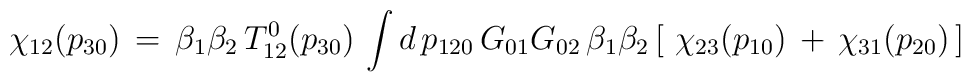
\chi_{12}(p_{30})\,=\,\beta_1\beta_2\,T_{12}^0(p_{30})\,\int d\,p_{120}\,G_{01}G_{02}\,\beta_1\beta_2\,[\,\,\chi_{23}(p_{10})\,+\,\chi_{31}(p_{20})\,]